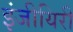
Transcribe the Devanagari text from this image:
इंजीयिरी